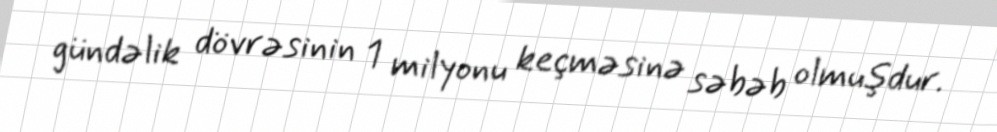
gündəlik dövrəsinin 1 milyonu keçməsinə səbəb olmuşdur.